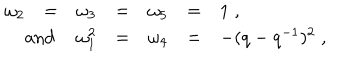
LaTeX: \begin{array} { r l l l l l l } { { \omega _ { 2 } } } & { { = } } & { { \omega _ { 3 } } } & { { = } } & { { \omega _ { 5 } } } & { { = } } & { { 1 \; , } } \\ { { \mathrm { a n d } \hspace { 1 0 m m } } } & { { } } & { { \omega _ { 1 } ^ { 2 } } } & { { = } } & { { \omega _ { 4 } } } & { { = } } & { { - ( q - q ^ { - 1 } ) ^ { 2 } \; , } } \\ \end{array}